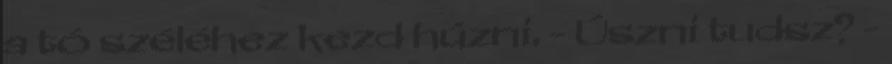
a tó széléhez kezd húzni. - Úszni tudsz? -